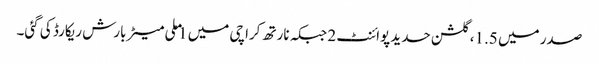
صدر میں 1.5، گلشن حدید پوائنٹ 2 جبکہ نارتھ کراچی میں 1 ملی میٹر بارش ریکارڈ کی گئی۔